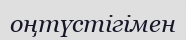
оңтүстігімен